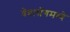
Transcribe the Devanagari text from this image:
वेबलॉगमध्ये